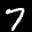
Label: 7